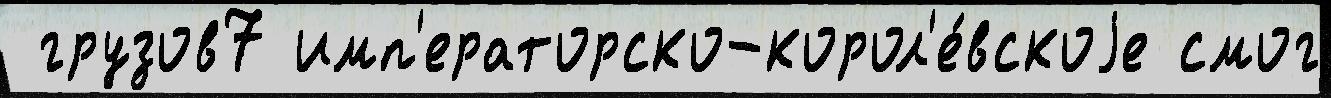
 грузов7 имп'ераторско-корол'е́вскоjе смог